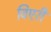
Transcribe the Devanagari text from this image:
विएरी